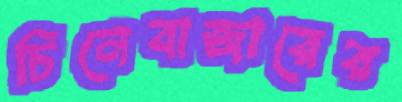
চিনেবাজারের